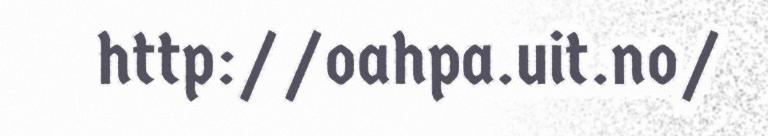
http://oahpa.uit.no/